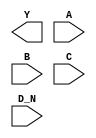
module sky130_fd_sc_lp__nor4b (
    Y  ,
    A  ,
    B  ,
    C  ,
    D_N
);

    output Y  ;
    input  A  ;
    input  B  ;
    input  C  ;
    input  D_N;

    // Voltage supply signals
    supply1 VPWR;
    supply0 VGND;
    supply1 VPB ;
    supply0 VNB ;

endmodule